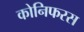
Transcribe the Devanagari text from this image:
कोनिफरस